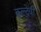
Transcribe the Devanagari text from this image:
कुल्देवी